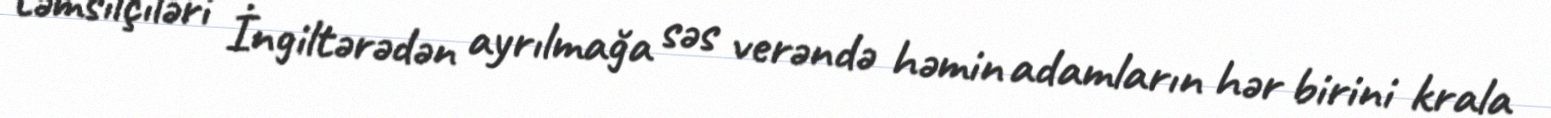
təmsilçiləri İngiltərədən ayrılmağa səs verəndə həmin adamların hər birini krala